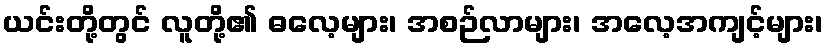
ယင်းတို့တွင် လူတို့၏ ဓလေ့များ၊ အစဉ်လာများ၊ အလေ့အကျင့်များ၊